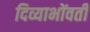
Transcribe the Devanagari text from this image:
दिव्याभोंवती